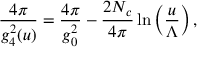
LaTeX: \frac { 4 \pi } { g _ { 4 } ^ { 2 } ( u ) } = \frac { 4 \pi } { g _ { 0 } ^ { 2 } } - \frac { 2 N _ { c } } { 4 \pi } \ln \left( \frac { u } { \Lambda } \right) ,